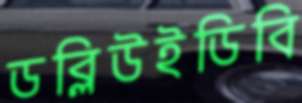
ডব্লিউইডিবি